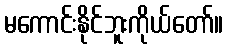
မကောင်းနိုင်ဘူးကိုယ်တော်။